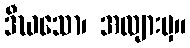
ဒီဃသော၊ အလျားမှ။